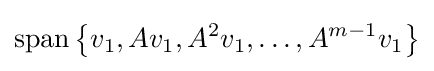
\operatorname {span} \left\{v_{1},Av_{1},A^{2}v_{1},\ldots ,A^{m-1}v_{1}\right\}